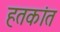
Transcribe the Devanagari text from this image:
हतकांत